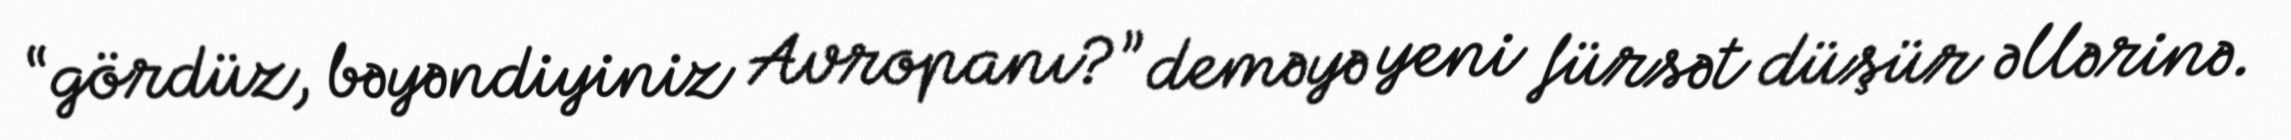
“gördüz, bəyəndiyiniz Avropanı?” deməyə yeni fürsət düşür əllərinə.